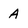
Character: A